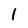
Character: l